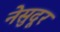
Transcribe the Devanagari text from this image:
नेसुदूर